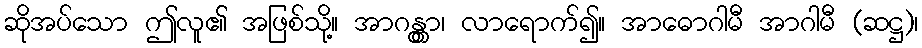
ဆိုအပ်သော ဤလူ၏ အဖြစ်သို့။ အာဂန္တွာ၊ လာရောက်၍။ အာဓောဂါမီ အာဂါမီ (ဆဋ္ဌ)၊